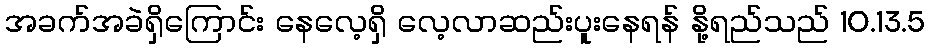
အခက်အခဲရှိကြောင်း နေလေ့ရှိ လေ့လာဆည်းပူးနေရန် နို့ရည်သည် 10.13.5